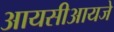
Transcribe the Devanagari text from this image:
आयसीआयजे